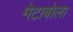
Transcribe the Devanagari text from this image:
मेटाबोला